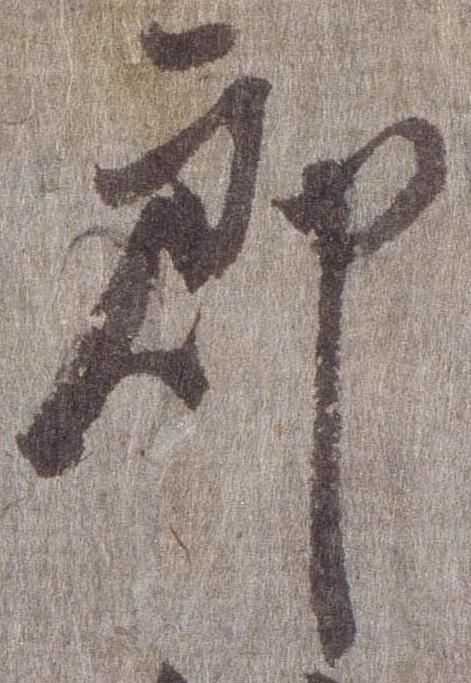
郎